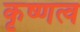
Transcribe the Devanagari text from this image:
कृष्णत्व